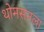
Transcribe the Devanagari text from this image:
थोमसनला